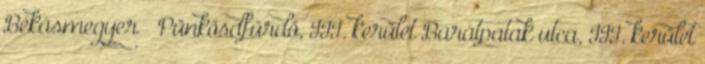
Békásmegyer – Pünkösdfürdő, III. kerület Barátpatak utca, III. kerület